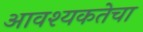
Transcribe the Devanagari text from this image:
आवश्‍यकतेचा